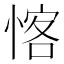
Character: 愘